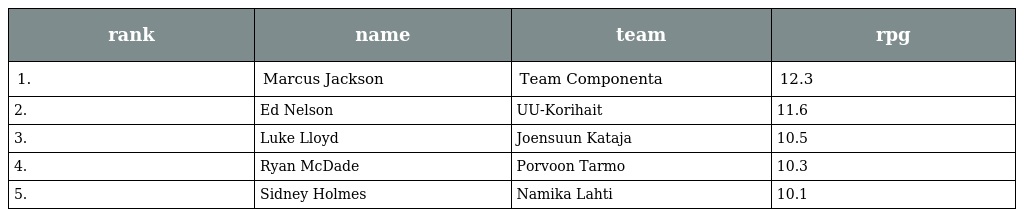
| rank | name | team | rpg |
 | --- | --- | --- | --- |
 | 1. | Marcus Jackson | Team Componenta | 12.3 |
 | 2. | Ed Nelson | UU-Korihait | 11.6 |
 | 3. | Luke Lloyd | Joensuun Kataja | 10.5 |
 | 4. | Ryan McDade | Porvoon Tarmo | 10.3 |
 | 5. | Sidney Holmes | Namika Lahti | 10.1 |